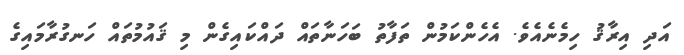
އަދި އިރާޤު ހިމެނެއެވެ. އެހެންކަމުން ތަފާތު ބަހަނާތައް ދައްކައިގެން މި ޤައުމުތައް ހަނގުރާމައިގެ